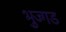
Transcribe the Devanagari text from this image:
भुज्गड